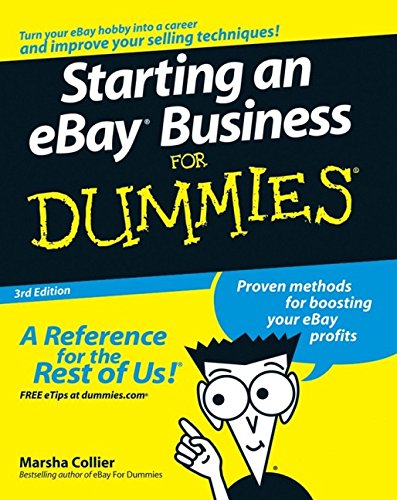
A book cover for Starting an eBay Business For Dummies; Marsha Collier; Computers & Technology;